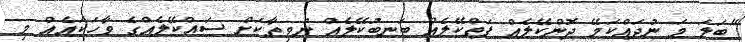
"ބަލަ މަ ނުދައްކަމޭ ދޮންކޭލެއް ފަތްކޭލެއް ބަނބުކޭލެއް ނުވިތާކަށް ސައްކޭލެއްގެ ވާހަކައެއް މި